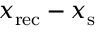
x _ { \mathrm { { r e c } } } - x _ { \mathrm { { s } } }